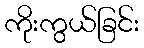
ကိုးကွယ်ခြင်း